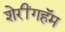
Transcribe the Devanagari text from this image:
शेरींगहॅम